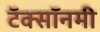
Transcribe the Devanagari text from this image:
टॅक्सॉनमी